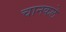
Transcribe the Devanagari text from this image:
चानकले